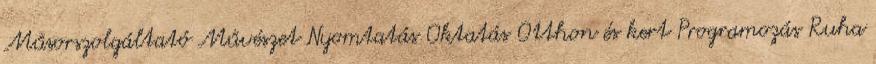
Műsorszolgáltató Művészet Nyomtatás Oktatás Otthon és kert Programozás Ruha